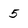
Character: 5